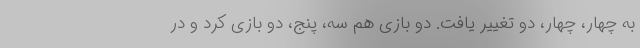
به چهار، چهار، دو تغییر یافت. دو بازی هم سه، پنج، دو بازی کرد و در